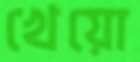
খেয়ো